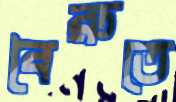
বৈরুতে